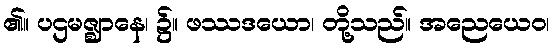
၏။ ပဌမဇ္ဈာနေ၊ ၌။ ဖဿဒယော၊ တို့သည်။ အညေယေဝ၊